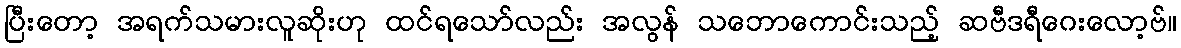
ပြီးတော့ အရက်သမားလူဆိုးဟု ထင်ရသော်လည်း အလွန် သဘောကောင်းသည့် ဆဗီဒရီဂေးလော့ဗ်။